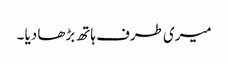
میری طرف ہاتھ بڑھا دیا ۔